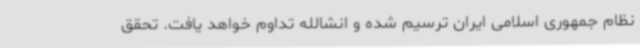
نظام جمهوری اسلامی ایران ترسیم شده و انشالله تداوم خواهد یافت. تحقق